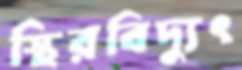
স্থিরবিদ্যুৎ